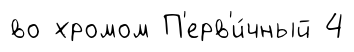
во хромом П'ерв'и́чный 4